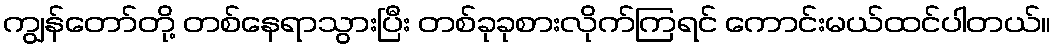
ကျွန်တော်တို့ တစ်နေရာသွားပြီး တစ်ခုခုစားလိုက်ကြရင် ကောင်းမယ်ထင်ပါတယ်။